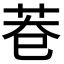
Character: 𮎨